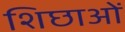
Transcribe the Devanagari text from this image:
शिछाओं